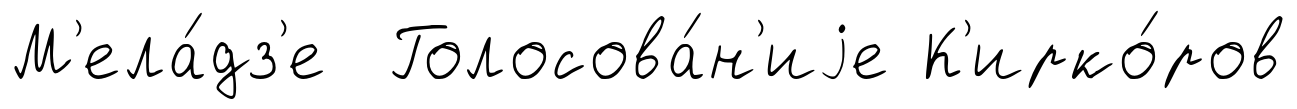
М'ела́дз'е Голосова́н'иjе К'ирко́ров